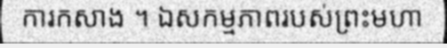
ការកសាង ។ ឯសកម្មភាពរបស់ព្រះមហា